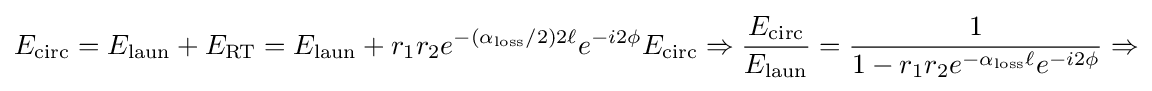
E_{\rm {circ}}=E_{\rm {laun}}+E_{\rm {RT}}=E_{\rm {laun}}+r_{1}r_{2}e^{-(\alpha _{\rm {loss}}/2)2\ell }e^{-i2\phi }E_{\rm {circ}}\Rightarrow {\frac {E_{\rm {circ}}}{E_{\rm {laun}}}}={\frac {1}{1-r_{1}r_{2}e^{-\alpha _{\rm {loss}}\ell }e^{-i2\phi }}}\Rightarrow